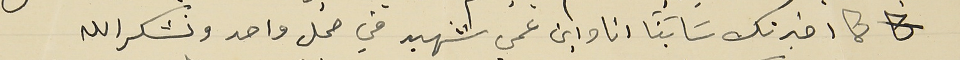
كما اخبرتك سَابقاً انا وابن عمي شهيد في محل واحد ونشكرالله